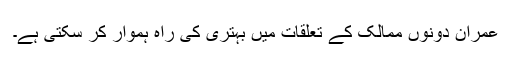
عمران دونوں ممالک کے تعلقات میں بہتری کی راہ ہموار کر سکتی ہے۔